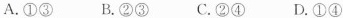
A.①③B.②③C.②④D.①④